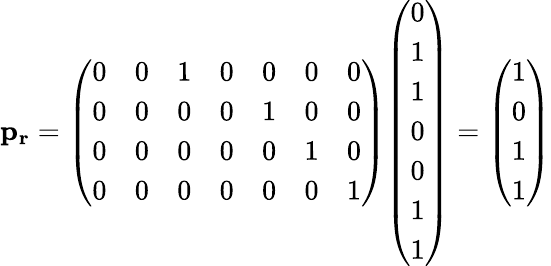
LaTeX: \mathbf{p_{r}}={\left(\begin{array}{lllllll}{0}&{0}&{1}&{0}&{0}&{0}&{0}\\ {0}&{0}&{0}&{0}&{1}&{0}&{0}\\ {0}&{0}&{0}&{0}&{0}&{1}&{0}\\ {0}&{0}&{0}&{0}&{0}&{0}&{1}\end{array}\right)}{\left(\begin{array}{l}{0}\\ {1}\\ {1}\\ {0}\\ {0}\\ {1}\\ {1}\end{array}\right)}={\left(\begin{array}{l}{1}\\ {0}\\ {1}\\ {1}\end{array}\right)}